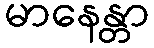
မာနေန္တာ